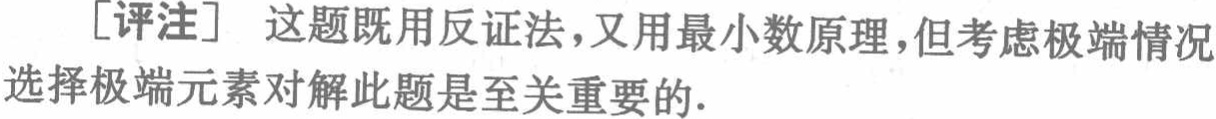
[评注] 这题既用反证法，又用最小数原理，但考虑极端情况

选择极端元素对解此题是至关重要的.